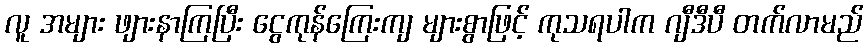
လူ အများ ဖျားနာကြပြီး ငွေကုန်ကြေးကျ များစွာဖြင့် ကုသရပါက ဂျီဒီပီ တက်လာမည်